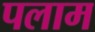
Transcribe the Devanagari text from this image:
पलाम